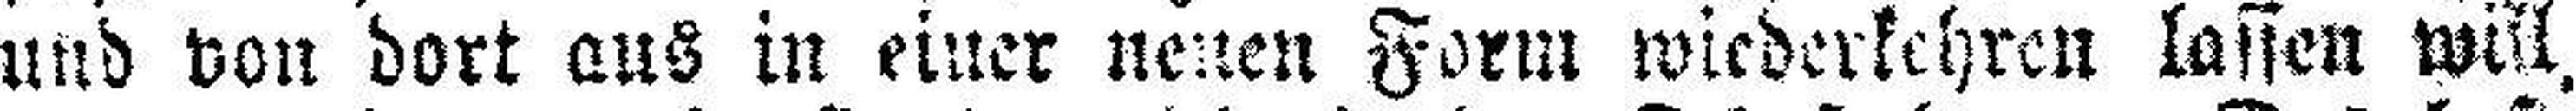
und von dort aus in einer neuen Form wiederkehren lassen will